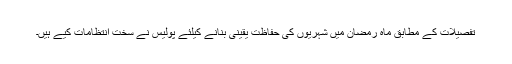
تفصیلات کے مطابق ماہ رمضان میں شہریوں کی حفاظت یقینی بنانے کیلئے پولیس نے سخت انتظامات کیے ہیں۔